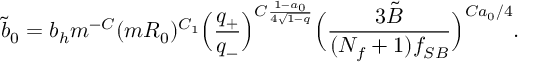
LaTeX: \tilde { b } _ { 0 } = b _ { h } m ^ { - C } ( m R _ { 0 } ) ^ { C _ { 1 } } \Bigl ( { \frac { q _ { + } } { q _ { - } } } \Bigr ) ^ { C { \frac { 1 - a _ { 0 } } { 4 \sqrt { 1 - q } } } } \Bigl ( { \frac { 3 \tilde { B } } { ( N _ { f } + 1 ) f _ { S B } } } \Bigr ) ^ { C a _ { 0 } / 4 } .